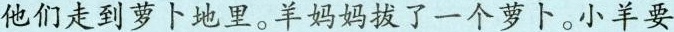
他们走到萝卜地里。羊妈妈拔了一个萝卜。小羊要